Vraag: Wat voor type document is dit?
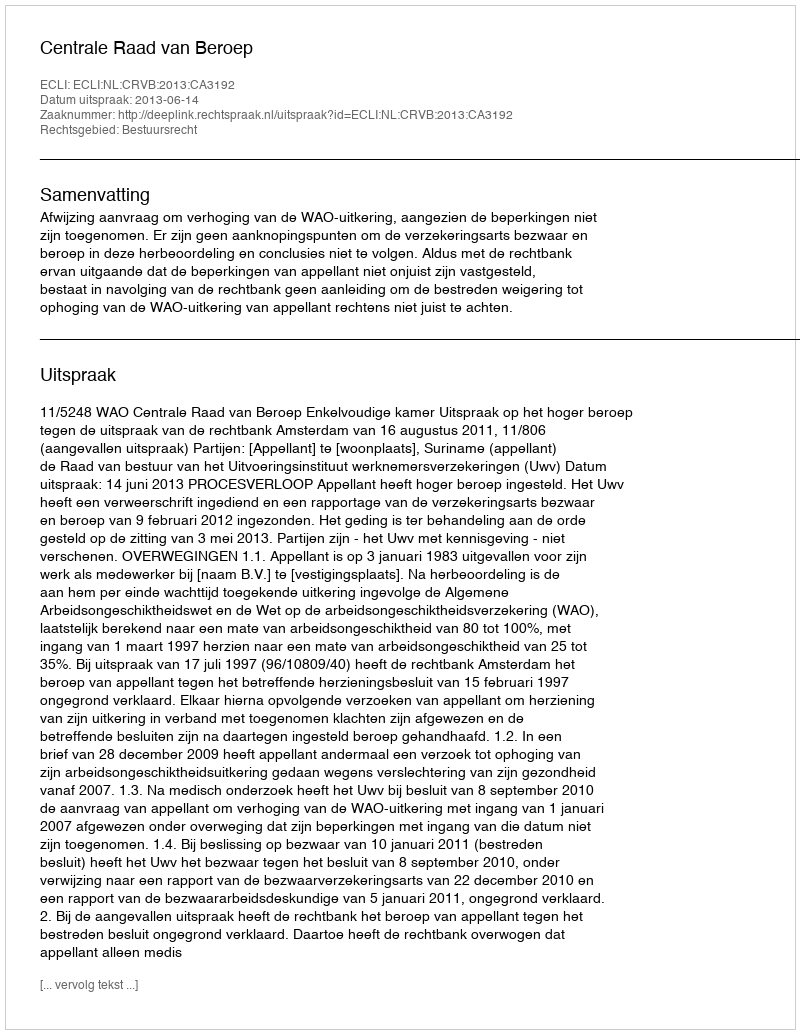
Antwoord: Uitspraak